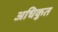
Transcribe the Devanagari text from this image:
अधिकुत